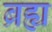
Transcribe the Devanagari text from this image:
ब्रह्य